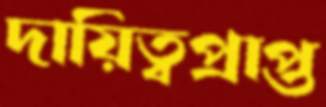
দায়িত্বপ্রাপ্ত